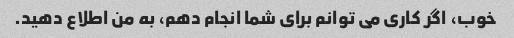
خوب، اگر کاری می توانم برای شما انجام دهم، به من اطلاع دهید.